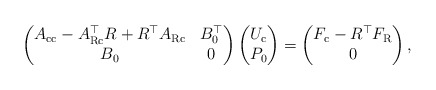
\begin{align*} \begin{pmatrix} A_{\mathrm{c}\mathrm{c}} - A_{\mathrm{R}\mathrm{c}}^{\top} R + R^{\top} A_{\mathrm{R}\mathrm{c}} & B_0^{\top} \\ B_0 & 0 \\ \end{pmatrix} \begin{pmatrix} U_\mathrm{c}\\ P_0 \end{pmatrix} = \begin{pmatrix} F_\mathrm{c} - R^\top F_\mathrm{R}\\ 0 \end{pmatrix},\end{align*}